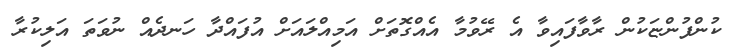
ކުންފުންޏަކުން ރާވާފައިވާ އެ ރޭވުމާ އެއްގޮތަށް އަމިއްލައަށް އުފައްދާ ހަނދެއް ނުވަތަ އަލިކުރާ